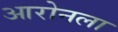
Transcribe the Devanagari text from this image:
आरोनला